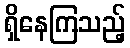
ရှိနေကြသည့်